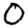
Digit: 0